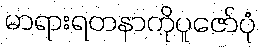
မာရားရတနာကိုပူဇော်ပုံ